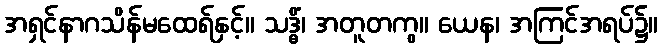
အရှင်နာဂသိန်မထေရ်နှင့်။ သဒ္ဓိံ၊ အတူတကွ။ ယေန၊ အကြင်အရပ်၌။